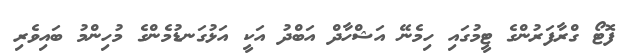
ފޮޓޯ ގްރާފަރުންގެ ޓީމުގައި ހިމެނޭ އަޝްހާދް އަބްދު އަކީ އަޅުގަނޑުމެންގެ މުހިންމު ބައިވެރި